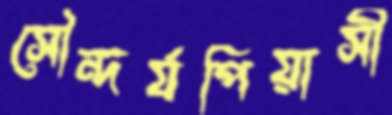
সৌন্দর্যপিয়াসী